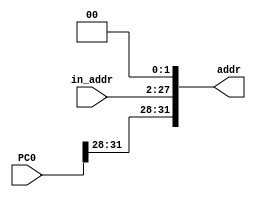
`timescale 1ns / 1ps
//////////////////////////////////////////////////////////////////////////////////
// Company: 
// Engineer: 
// 
// Design Name: 
// Module Name: PCAddr
// Project Name: 
// Target Devices: 
// Tool Versions: 
// Description: 
// 
// Dependencies: 
// 
// Revision:
// Revision 0.01 - File Created
// Additional Comments:
// 
//////////////////////////////////////////////////////////////////////////////////


module PCAddr(
    input [25:0] in_addr,
    input [31:0] PC0,
    output reg[31:0] addr
    );
    wire [27:0] mid;
        assign mid = in_addr << 2;
    always @(in_addr) begin
        addr <= {PC0[31:28], mid[27:0]};
    end
endmodule